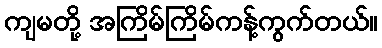
ကျမတို့ အကြိမ်ကြိမ်ကန့်ကွက်တယ်။